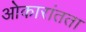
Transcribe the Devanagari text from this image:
ओकारांतता